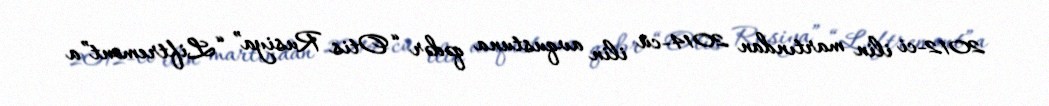
2012-ci ilin martından 2014-cü ilin avqustuna qədər “Otis Rusiya” “Liftremont”a